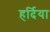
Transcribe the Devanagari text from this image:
हर्दिया